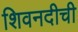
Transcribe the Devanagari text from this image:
शिवनदीची